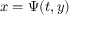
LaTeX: x = \Psi ( t , y )